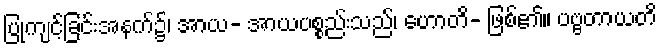
ပြုကျင့်ခြင်းအနက်၌၊ အာယ- အာယပစ္စည်းသည်၊ ဟောတိ- ဖြစ်၏။ ပဗ္ဗတာယတိ